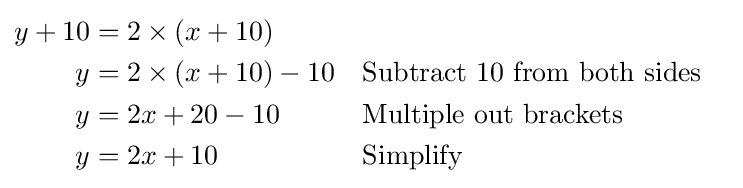
{\begin{aligned}y+10&=2\times (x+10)\\y&=2\times (x+10)-10&&{\text{Subtract 10 from both sides}}\\y&=2x+20-10&&{\text{Multiple out brackets}}\\y&=2x+10&&{\text{Simplify}}\end{aligned}}